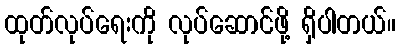
ထုတ်လုပ်ရေးကို လုပ်ဆောင်ဖို့ ရှိပါတယ်။